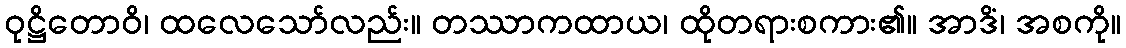
ဝုဋ္ဌိတောဝိ၊ ထလေသော်လည်း။ တဿာကထာယ၊ ထိုတရားစကား၏။ အာဒိံ၊ အစကို။